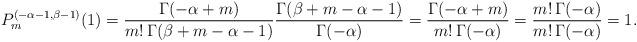
LaTeX: \begin{align*}P_{m}^{(-\alpha-1,\beta-1)}(1) = \frac{\Gamma(-\alpha + m)}{m!\,\Gamma(\beta+ m-\alpha-1)}\frac{\Gamma(\beta+ m-\alpha-1)}{\Gamma(-\alpha)} = \frac{\Gamma(-\alpha + m)}{m!\,\Gamma(-\alpha)}= \frac{m!\,\Gamma(-\alpha)}{m!\,\Gamma(-\alpha)} = 1.\end{align*}